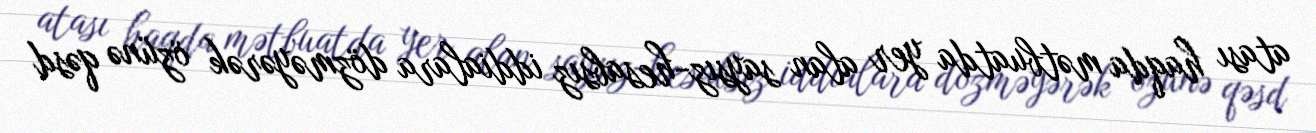
atası haqda mətbuatda yer alan saysız-hesabsız iddialara dözməyərək özünə qəsd